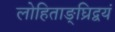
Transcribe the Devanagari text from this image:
लोहिताङ्घ्रिद्वयं